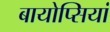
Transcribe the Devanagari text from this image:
बायोप्सियां